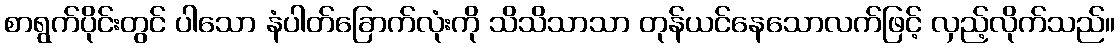
စာရွက်ပိုင်းတွင် ပါသော နံပါတ်ခြောက်လုံးကို သိသိသာသာ တုန်ယင်နေသောလက်ဖြင့် လှည့်လိုက်သည်။